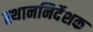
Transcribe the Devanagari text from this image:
स्थाननिर्देशक